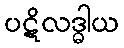
ပဋိလဒ္ဓါယ